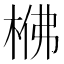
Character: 梻